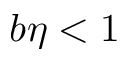
b \eta < 1